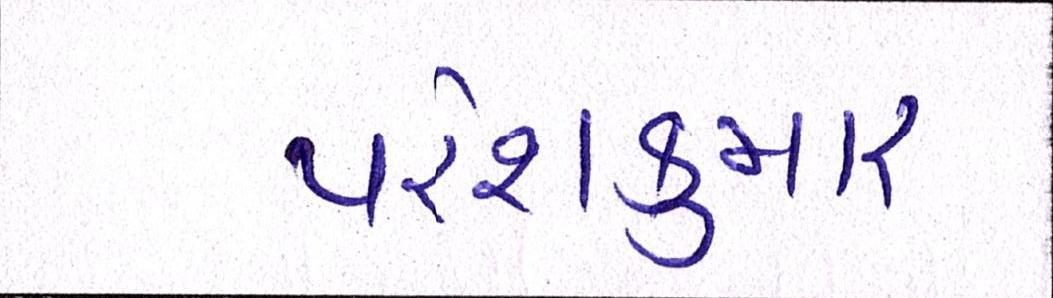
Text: પરેશકુમાર